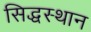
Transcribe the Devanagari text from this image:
सिद्धस्थान